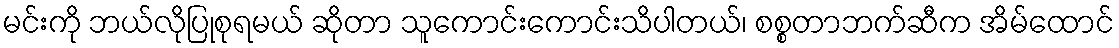
မင်းကို ဘယ်လိုပြုစုရမယ် ဆိုတာ သူကောင်းကောင်းသိပါတယ်၊ စစ္စတာဘက်ဆီက အိမ်ထောင်